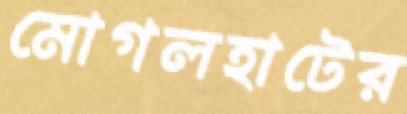
মোগলহাটের